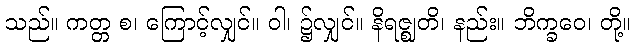
သည်။ ကတ္တ စ၊ ကြောင့်လျှင်။ ဝါ၊ ၌လျှင်။ နိရဇ္ဈတိ၊ နည်း။ ဘိက္ခဝေ၊ တို့။